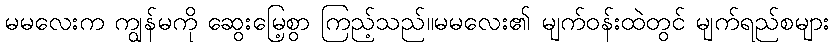
မမလေးက ကျွန်မကို ဆွေးမြေ့စွာ ကြည့်သည်။မမလေး၏ မျက်ဝန်းထဲတွင် မျက်ရည်စများ